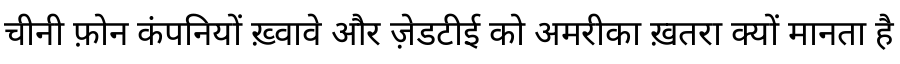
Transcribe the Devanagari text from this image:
चीनी फ़ोन कंपनियों ख़्वावे और ज़ेडटीई को अमरीका ख़तरा क्यों मानता है